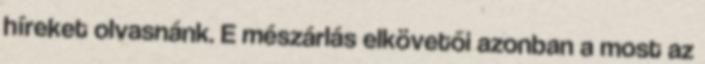
híreket olvasnánk. E mészárlás elkövetői azonban a most az